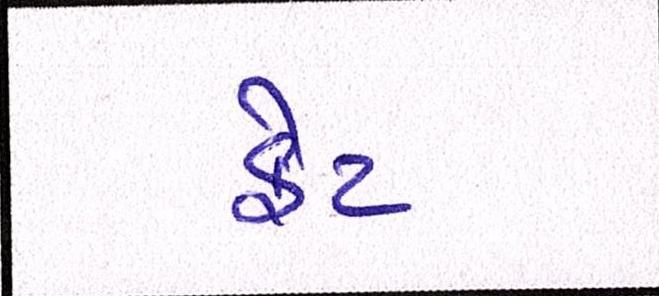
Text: ફેટ